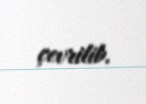
çevrilib.